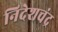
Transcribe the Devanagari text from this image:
निदेशचंद्र